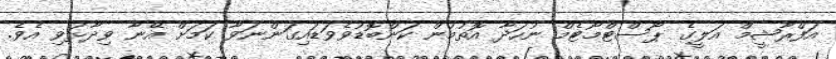
އަފްރާޝީމް އަލީގެ ޕޯސްޓްމޯޓެމް ނުހަދާ އޮތުމުން ކަންބޮޑުވެވަޑައިގަންނަވާ ކަމަށް އޭނާ ވިދާޅުވި އެވެ.